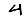
Digit: 4